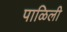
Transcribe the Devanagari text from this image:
पाळिली